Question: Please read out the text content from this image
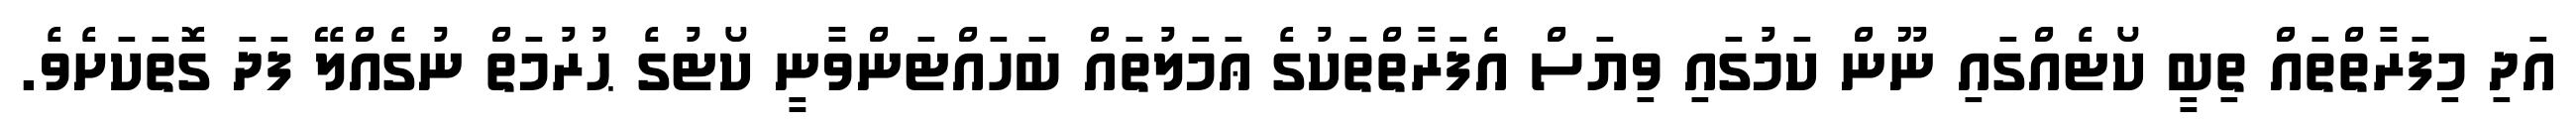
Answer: އަދި މިފަރާތްތައް ތިބީ ކޯޓެއްގައި ނޫން ކަމުގައި ވިޔަސް އެފަރާތްތަކުގެ ޢަމަލުތައް ބަހައްޓަންވާނީ ކޯޓުގެ ޙުރުމަތް ނުގެއްލޭ ފަދަ ގޮތަކަށެވެ.